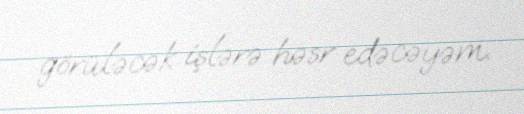
görüləcək işlərə həsr edəcəyəm.